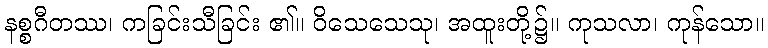
နစ္စဂီတဿ၊ ကခြင်းသီခြင်း ၏။ ဝိသေသေသု၊ အထူးတို့၌။ ကုသလာ၊ ကုန်သော။